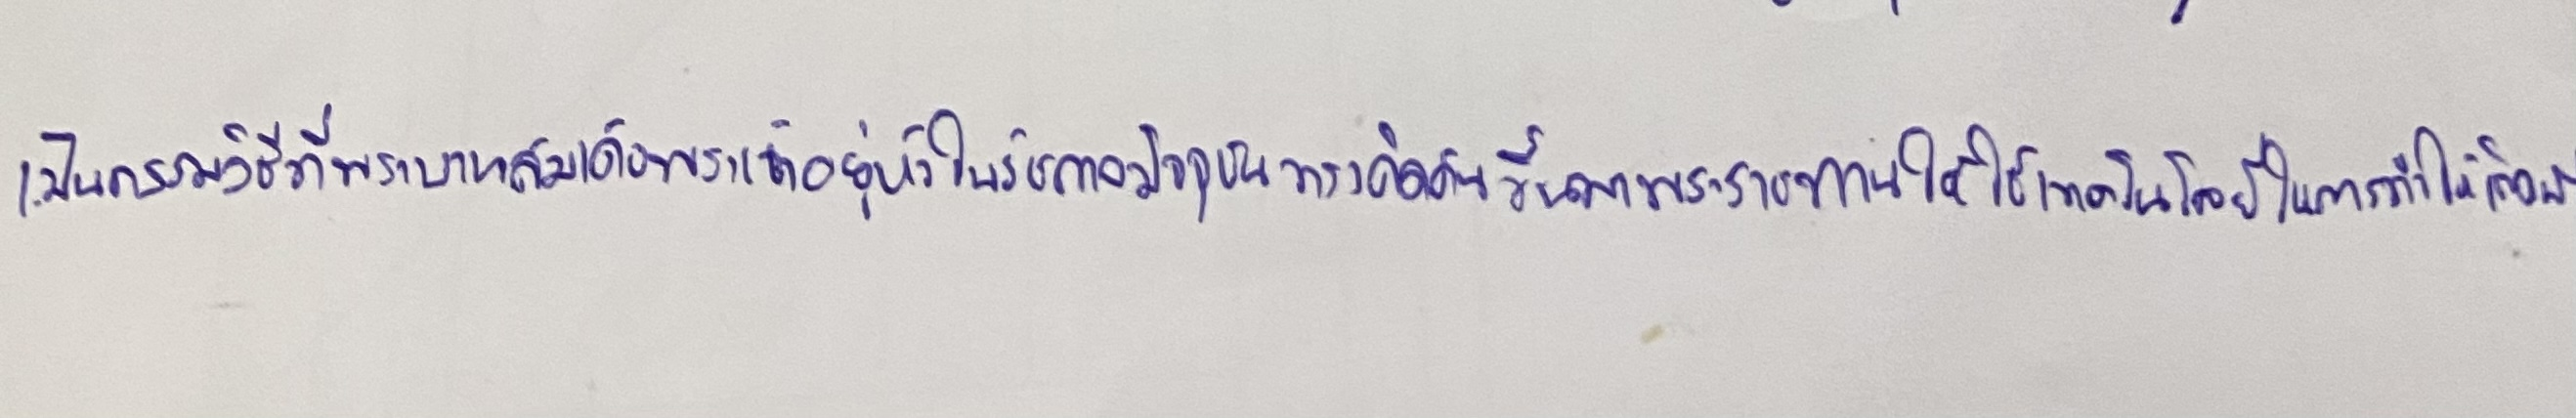
เป็นกรรมวิธีที่พระบาทสมเด็จพระเจ้าอยู่หัวในรัชกาลปัจจุบันทรงคิดค้นขึ้นมาพระราชทานให้ใช้เทคโนโลยีในการทำให้เกิดฝน